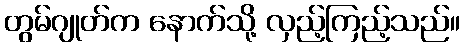
တွမ်ဂျုတ်က နောက်သို့ လှည့်ကြည့်သည်။